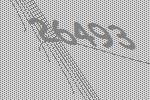
26493